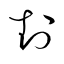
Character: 封